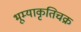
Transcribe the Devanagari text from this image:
भूम्याकृतिचक्र